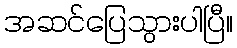
အဆင်ပြေသွားပါပြီ။